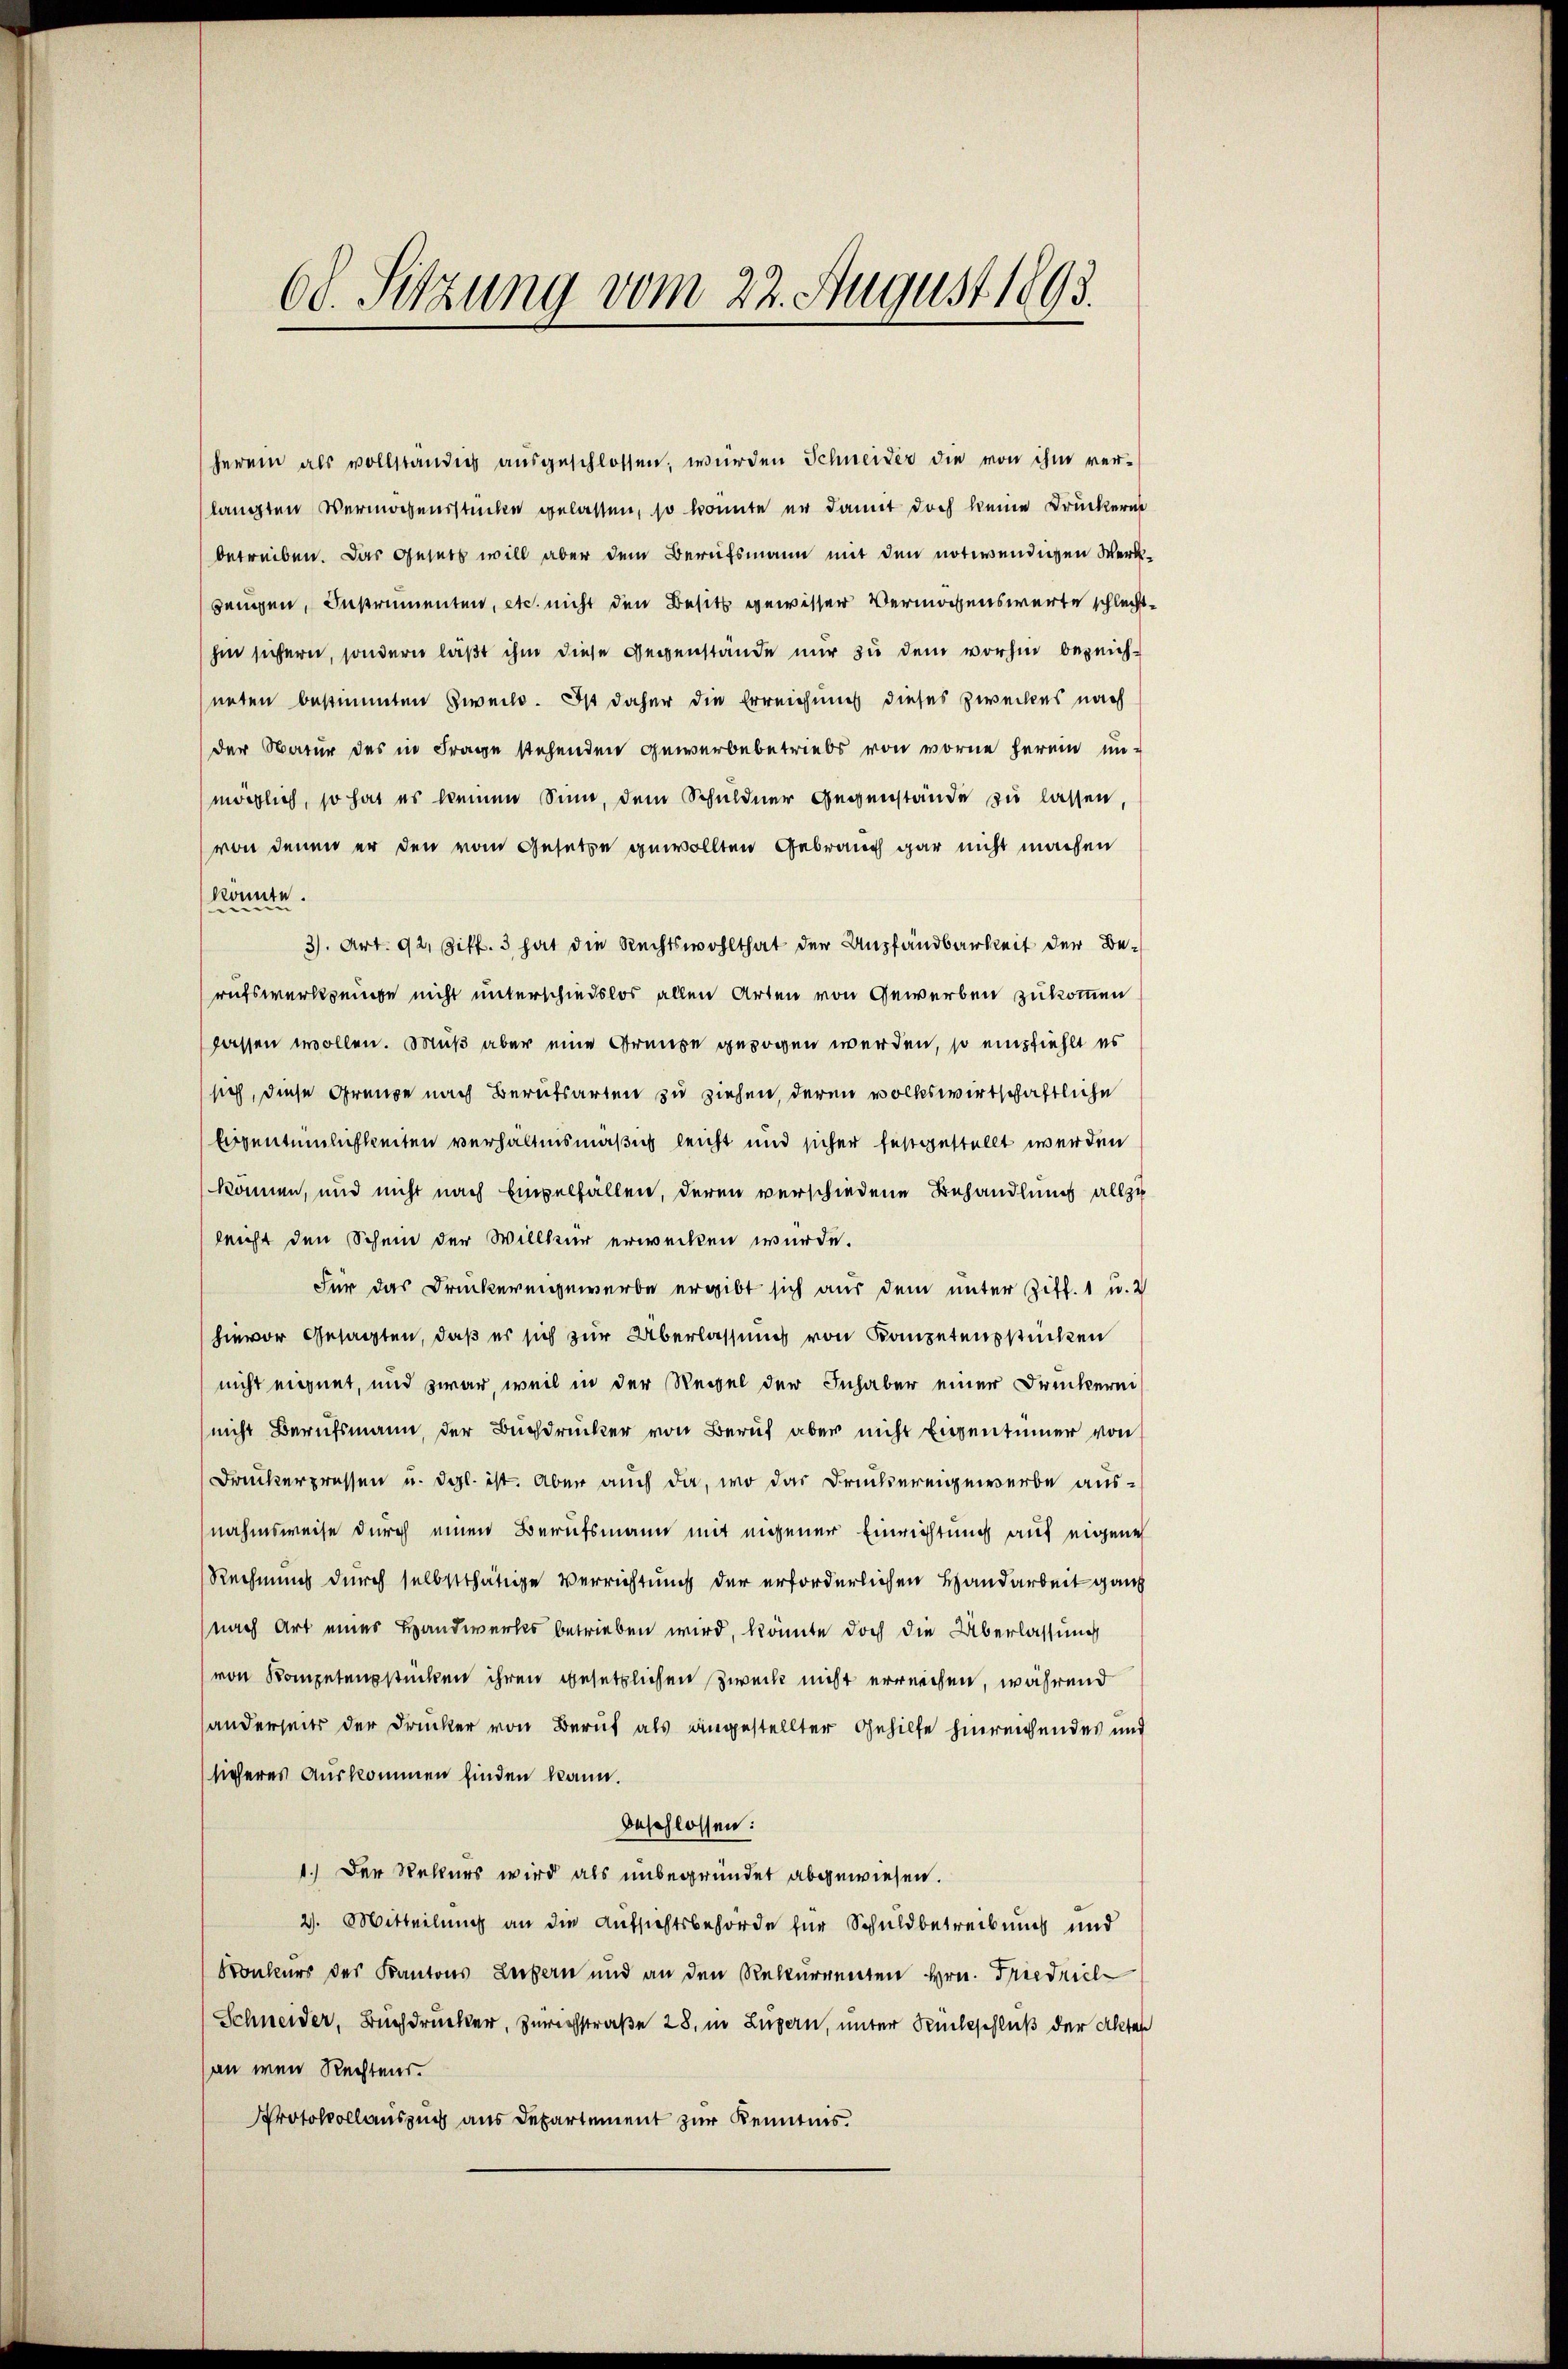
68. Sitzung vom 22. August 1893.

herem als vollständig aŭsgeschlossen, wurden Schneider die von ihm ver-
langten Vermögensstücke gelassen, so konnte er damit doch keine Druckerne
betreiben. Das Gesetz will aber dem Berufsmann mit den notwendigen Werkbengen, Instrumenten, etc. nicht den Besitz gewisser Vermögenswerte schlechthin sichern, sondern läßt ihm diese Gegenstände nur zu dem vorhin bezeichneten bestimmten Zweife. Ist daher die Erreichnis dieses Zweckes nach
der Natur des in Frage stehenden Gewerbebetriebs von worne herein un-
möglich, so hat es keinen Sinn, dem Schuldner Gegenstände zu lassen,
von denen er den vom Gesetze gewollten Gebrauch gar nicht machen
könnte.
3). Art. 92, Ziff. 3 hat die Rechtswohlthat der Anpfandbarkeit der Berufswerkzeuge nicht unterschiedslos allen Arten von Gewerben zukommen
gassen wollen. Muß aber eine Graube gezogen werden, so empfiehlt es
sich, diese Grenze nach Berufsarten zu ziehen, deren volkswirtschaftliche
Eigentümlichkeiten verhältnismäßig leicht und sicher festgestellt werden
können, und nicht nach Empelfallen, deren verschiedene Behandlung allzuleicht den Schein der Willkür erwecken wurde.
Für das Druckereigewerbe ergibt sich aus dem unter Ziff. 1 u. 2
hievor Gesagten, daß es sich zur Überlassung von Kompetensstücken
nicht eignet, und zwar, weil in der Regel der Inhaber einer Druckerei
nicht Berufsmann der Buchdrucker von Beruf aber nicht Eigentümer von
Druckerpressen u. dgl. ist. Aber auch da, wo das Druckereigewerbe aus-
nahmsweise durch einen Berufsmann mit eigener Einrichtung auf eigene
Rechnung durch selbstthätige Verrichtung der erforderlichen Handarbeit ganz
nach Art eines Handwerks betrieben wird, könnte doch die Überlassung
von Kompetenzstücken ihren gesetzlichen Zweck nicht erreichen, während
anderseits der Drucker von Beruf als angestellter Gehilfe hinreichendes und
sicheres Auskommen finden kann.
beschlossen:
1.) Der Rekurs wird als unbegründet abgewiesen.
2). Mitteilung an die Aufsichtsbehörde für Schuldbetreibung und
Sonkurs des Kantons Luzern und an den Rekurrenten Hrn. Friedrich
Schneider, Buchdrucker, Zurechstraße 28, in Luzern, unter Rückschluß der Akten
an wenn Rechtens.
Protokollauszug aus Departement zur Kenntnis.